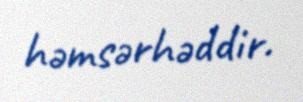
həmsərhəddir.